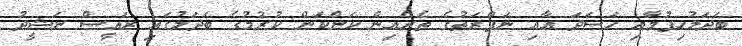
ބަދަލުހިފުމާއި ހަސަދަ އާއި ނަފްރަތުގެ ތެރެއިން ކަންކަން ކުރުމުގެ ބަދަލުގައި ރައީސް ނަޝީދު